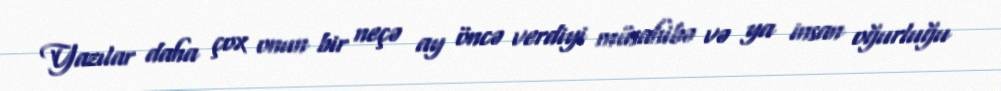
Yazılar daha çox onun bir neçə ay öncə verdiyi müsahibə və ya insan oğurluğu